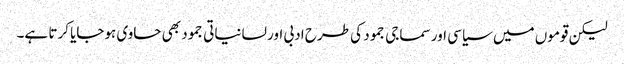
لیکن قوموں میں سیاسی اور سماجی جمود کی طرح ادبی اور لسانیاتی جمود بھی حاوی ہوجایا کرتا ہے۔